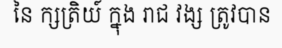
នៃ ក្សត្រិយ៍ ក្នុង រាជ វង្ស ត្រូវបាន